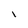
Character: l